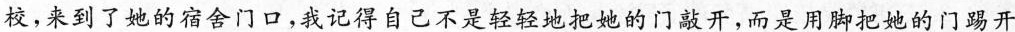
校，来到了她的宿舍门口，我记得自己不是轻轻地把她的门敲开，而是用脚把她的门踢开